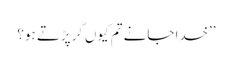
’’خدا جانے تم کیوں گِرپڑتے ہو؟